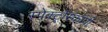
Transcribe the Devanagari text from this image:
स्पेक्ट्रोस्कॉपी